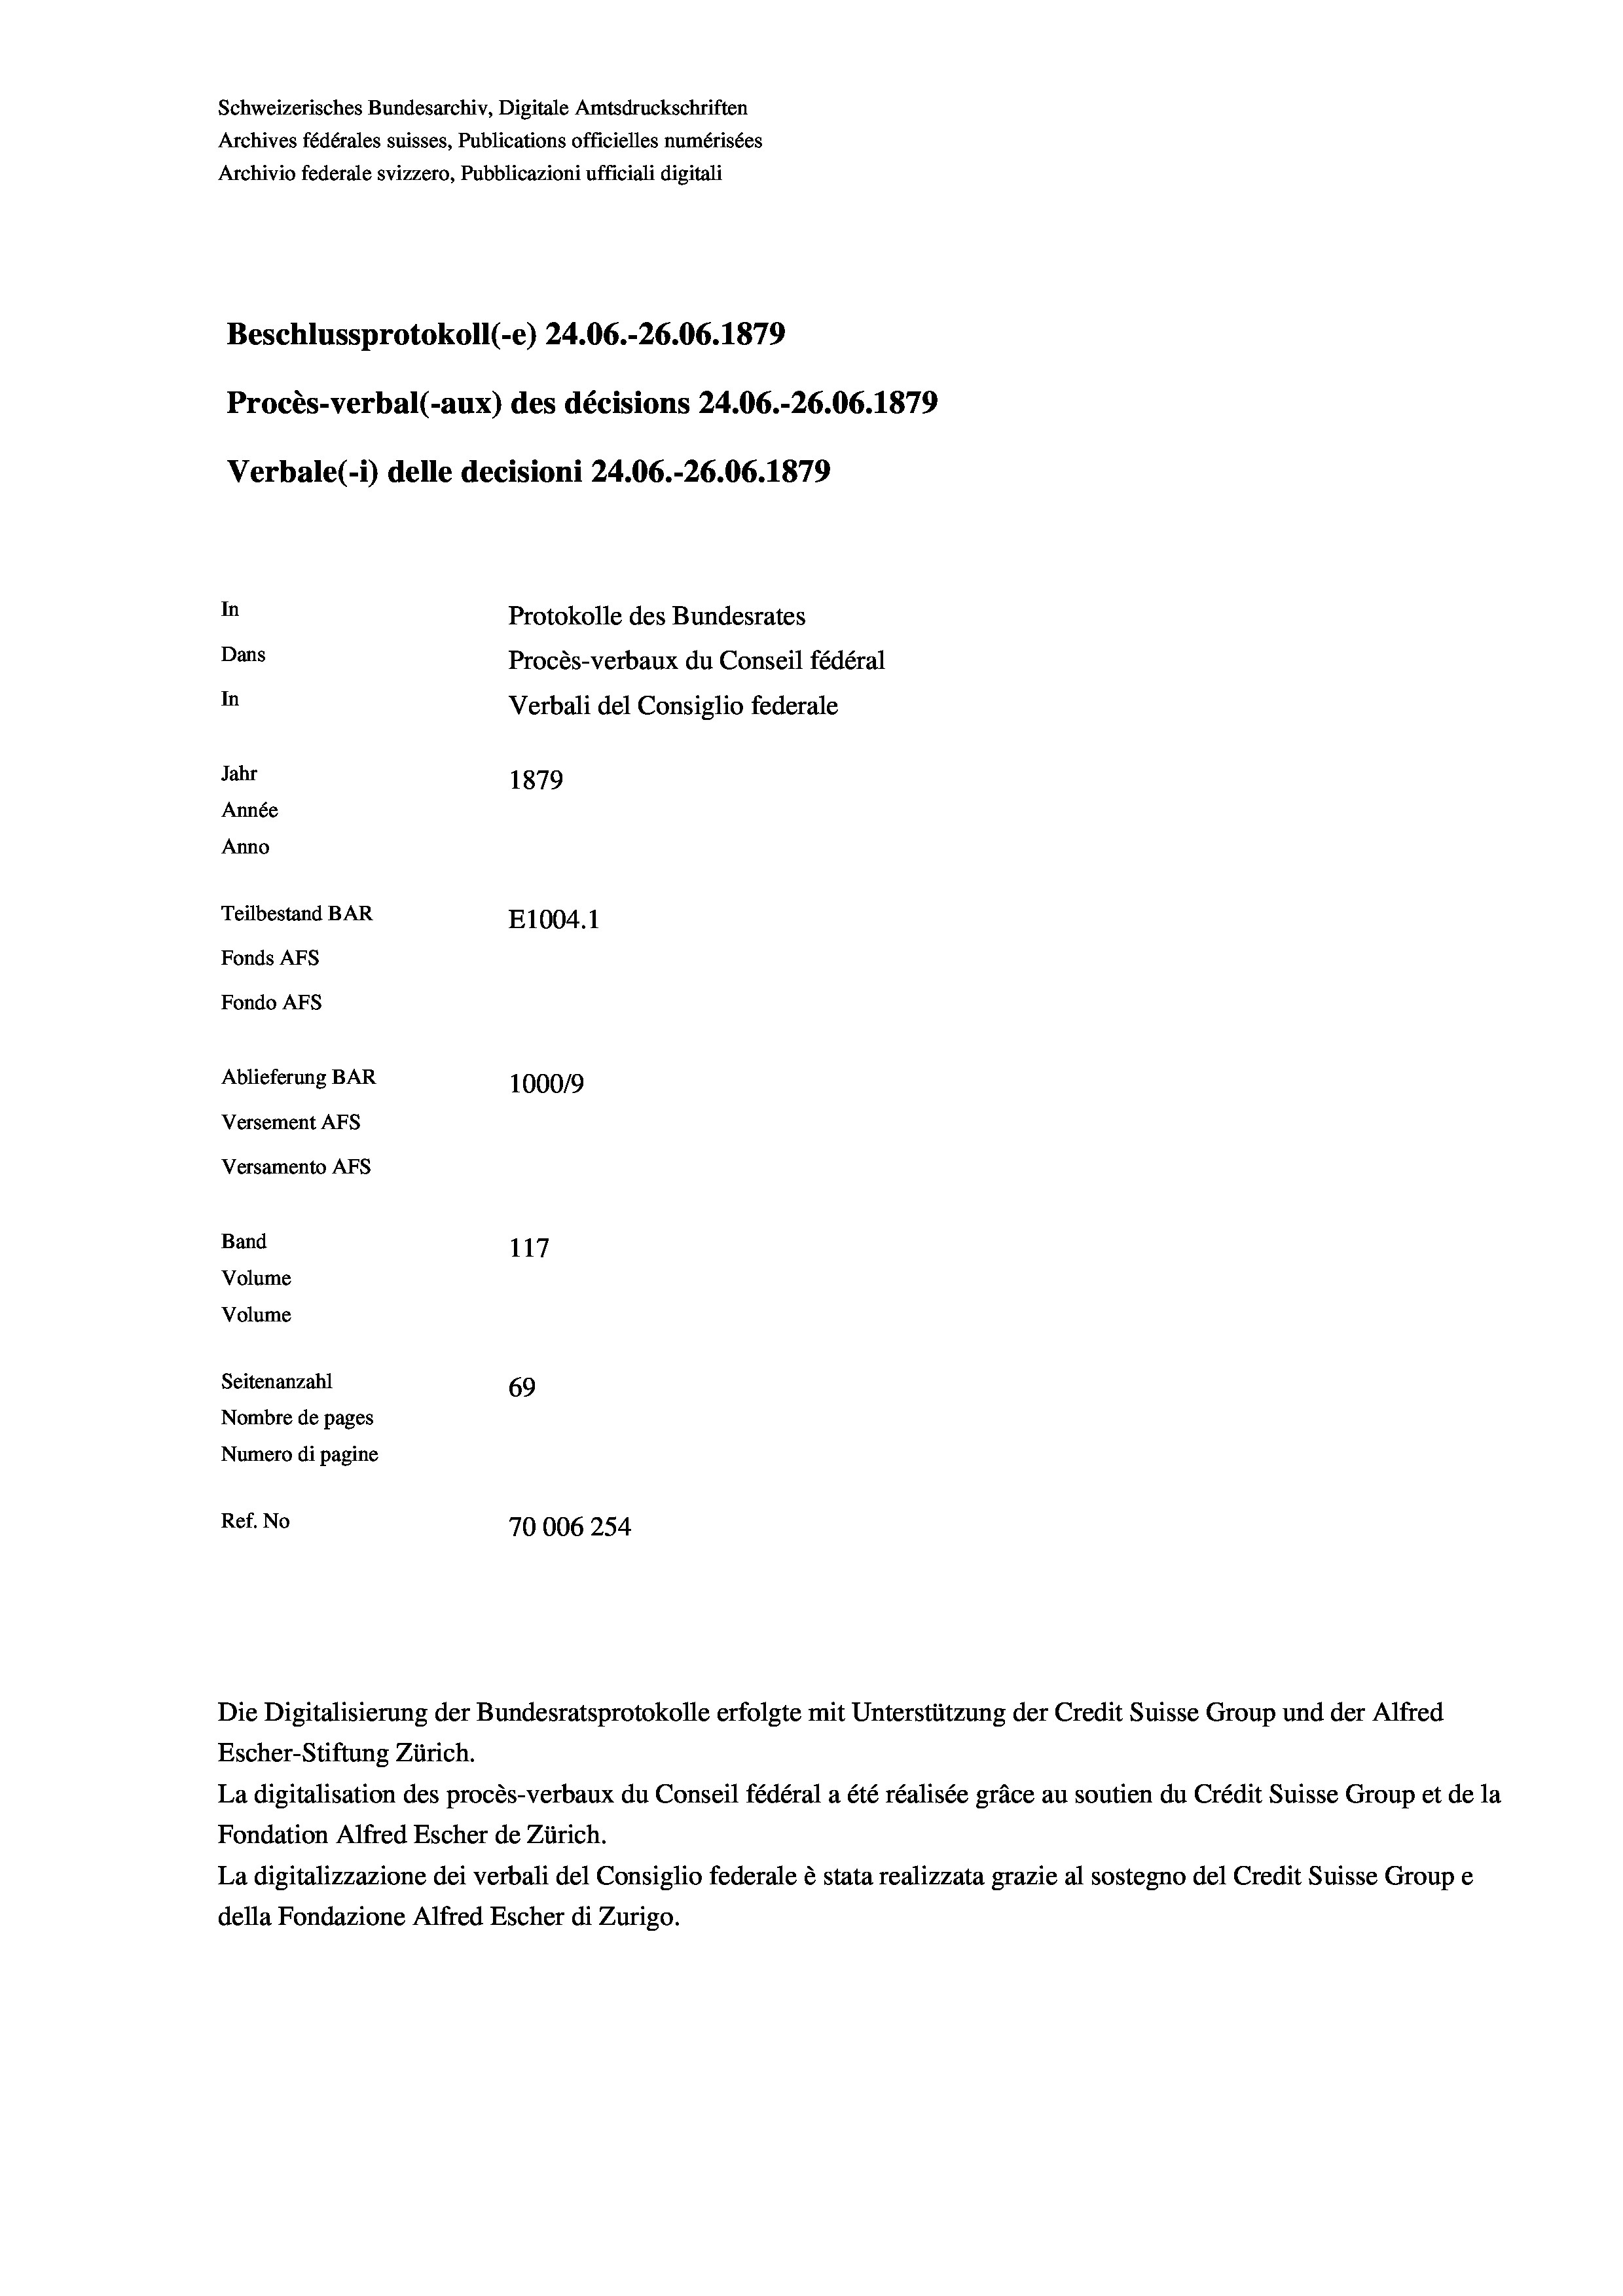
Schweizerisches Bundesarchiv, Digitale Amtsdruckschriften
Archives fédérales suisses, Publications officielles numérisées
Archivio federale svizzero, Pubblicazioni ufficiali digitali
Beschlussprotokoll (-e) 24.06.-26.06. 1879
Procès-verbal (-aux) des décisions 24.06.-26.06. 1879
Verbale(-*) delle decisioni 24.06.-26.06. 1879
In
Protokolle des Bundesrates
Dans
Procès-verbaux du Conseil fédéral
In
Verbali del Consiglio federale
Jahr
1879
Année
Anno
Teilbestand BAR
E1004.1
Fonds AFs
Fondo AFs
Ablieferung BAR
100019
Versement AFs
Versamento AFs
Band
117

Seitenanzahl
69
Nombre de pages
Numero di pagine
Ref. No
70006254

Volume
Volume

Escher-Stiftung Zürich.
La digitalisation des procès-verbaux du Conseil fédéral a été réalisée gräce au soutien du Crédit Suisse Group et de la
Fondation Alfred Escher de Zürich.
La digitalizzazione dei verbali del Consiglio federale è stata realizzata grazie al sostegno del Credit Suisse Groupe
della Fondazione Alfred Escher di Zurigo.

Die Digitalisierung der Bundesratsprotokolle erfolgte mit Unterstützung der Credit Suisse Group und der Alfred